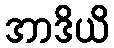
အာဒိယိ